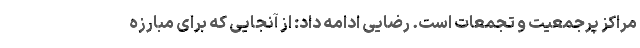
مراکز پرجمعیت و تجمعات است. رضایی ادامه داد: از آنجایی که برای مبارزه